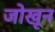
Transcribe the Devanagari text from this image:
जोखून